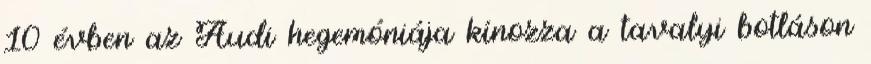
10 évben az Audi hegemóniája kínozza a tavalyi botláson